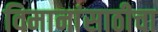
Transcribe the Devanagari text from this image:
विमानांसाठीचा